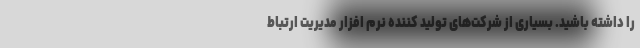
را داشته باشید. بسیاری از شرکت‌های تولید کننده نرم افزار مدیریت ارتباط